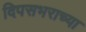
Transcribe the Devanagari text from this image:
दिपसभराच्या